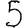
Digit: 5